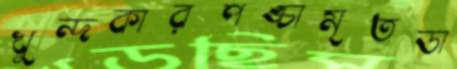
খুন্দকারপঙ্চামৃতডা